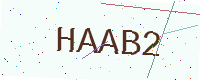
Text: HAAB2